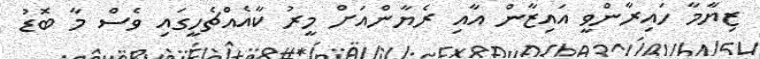
ޒިޔާމާ ހައިރާންވީ އައިޒާން އާއި ރެޔާންއަށް މީރު ކާއެއްޗެހީގައި ވެސް މާ ބޮޑު